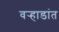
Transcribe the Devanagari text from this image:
वर्‍हाडांत